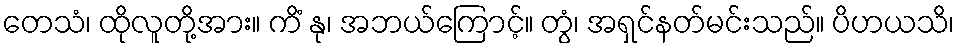
တေသံ၊ ထိုလူတို့အား။ ကိံ နု၊ အဘယ်ကြောင့်။ တွံ၊ အရှင်နတ်မင်းသည်။ ပိဟယသိ၊